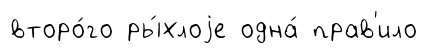
второ́го ры́хлоjе одна́ прав'ило